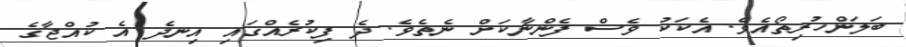
ބަލަންހުރިތޯއެވެ. އެކަކު ވެސް ފެންނާކަށް ނެތެވެ. ދެ ފިކުރެއްގައި އިނދެ އެ ކުއްޖާގެ